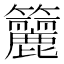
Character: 籭